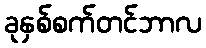
ခုနှစ်စက်တင်ဘာလ